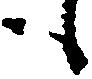
も